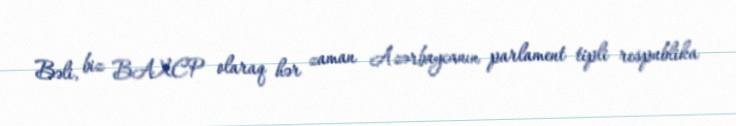
Bəli, biz BAXCP olaraq hər zaman Azərbaycanın parlament tipli respublika